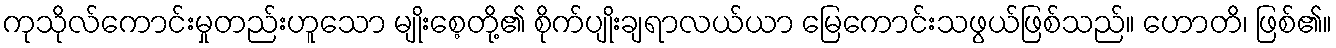
ကုသိုလ်ကောင်းမှုတည်းဟူသော မျိုးစေ့တို့၏ စိုက်ပျိုးချရာလယ်ယာ မြေကောင်းသဖွယ်ဖြစ်သည်။ ဟောတိ၊ ဖြစ်၏။